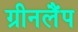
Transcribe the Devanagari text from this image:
ग्रीनलैंप